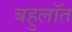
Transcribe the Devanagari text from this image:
बहुलॉत